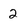
Character: 2